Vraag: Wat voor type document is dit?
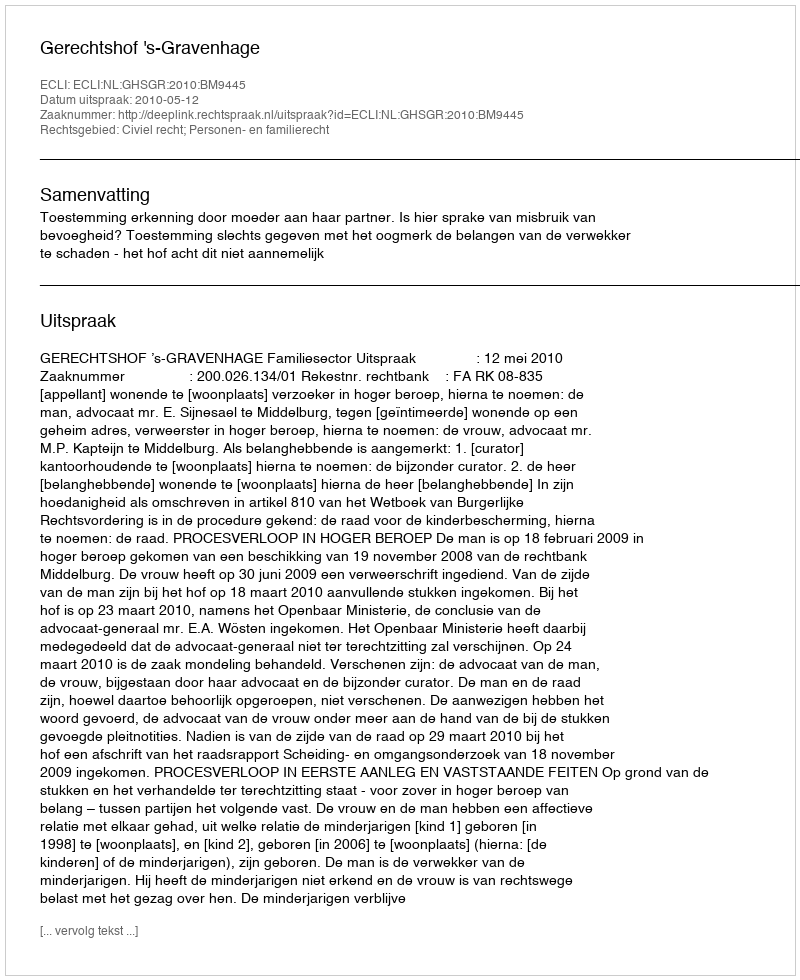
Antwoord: Uitspraak